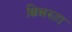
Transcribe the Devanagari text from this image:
छिन्नरुहा